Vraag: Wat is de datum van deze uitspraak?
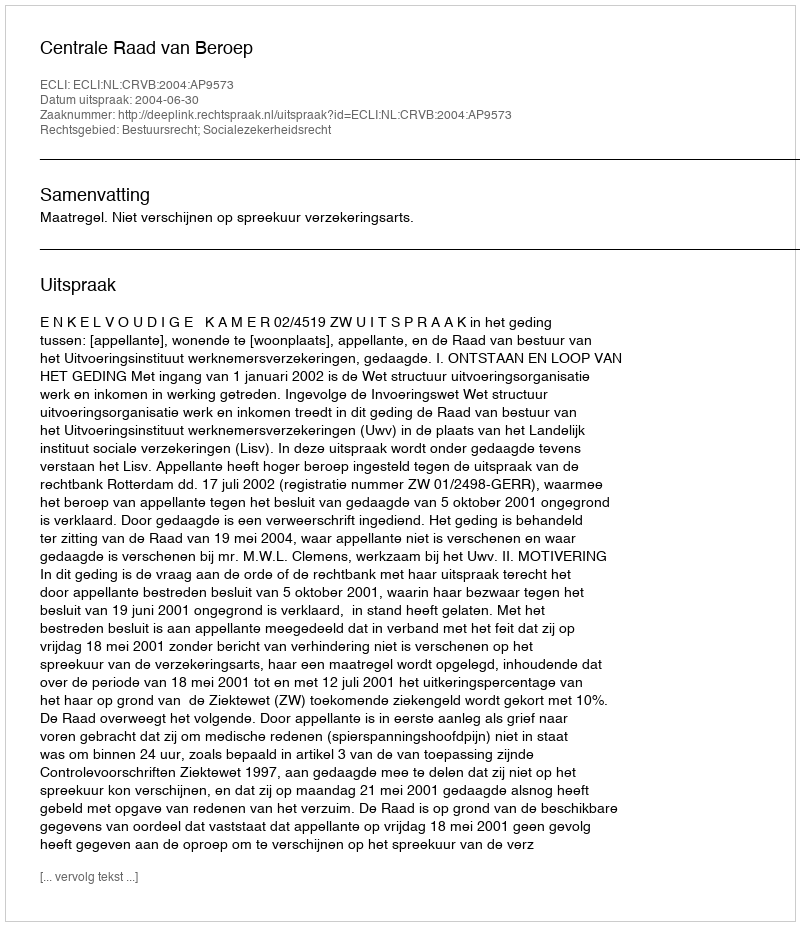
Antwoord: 2004-06-30